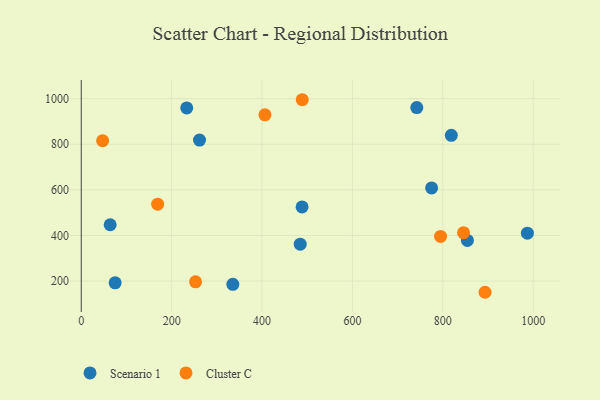
{"axis": {"x": "Price", "y": "Sales"}, "legend": ["Cluster C", "Scenario 1"], "data": [{"x": "484.5", "y": 361.9, "type": "Scenario 1"}, {"x": "335.4", "y": 185.5, "type": "Scenario 1"}, {"x": "261.7", "y": 818.4, "type": "Scenario 1"}, {"x": "987.1", "y": 409.9, "type": "Scenario 1"}, {"x": "775.2", "y": 608.5, "type": "Scenario 1"}, {"x": "854.4", "y": 378.0, "type": "Scenario 1"}, {"x": "742.4", "y": 960.8, "type": "Scenario 1"}, {"x": "488.6", "y": 525.2, "type": "Scenario 1"}, {"x": "818.8", "y": 839.3, "type": "Scenario 1"}, {"x": "64.0", "y": 447.0, "type": "Scenario 1"}, {"x": "75.0", "y": 192.4, "type": "Scenario 1"}, {"x": "233.4", "y": 959.3, "type": "Scenario 1"}, {"x": "845.8", "y": 412.0, "type": "Cluster C"}, {"x": "406.4", "y": 928.9, "type": "Cluster C"}, {"x": "169.1", "y": 537.2, "type": "Cluster C"}, {"x": "489.0", "y": 995.3, "type": "Cluster C"}, {"x": "795.0", "y": 395.6, "type": "Cluster C"}, {"x": "893.5", "y": 150.8, "type": "Cluster C"}, {"x": "252.9", "y": 196.6, "type": "Cluster C"}, {"x": "47.3", "y": 815.8, "type": "Cluster C"}]}